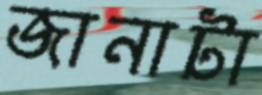
জানাটা